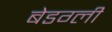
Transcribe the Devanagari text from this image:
बेडग्ली